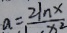
a = \frac { 2 \ln x } { x ^ { 2 } }